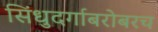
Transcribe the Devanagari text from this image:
सिंधुदर्गाबरोबरच